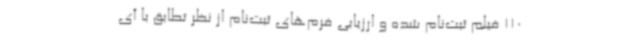
110 فیلم ثبت‌نام شده و ارزیابی فرم‌های ثبت‌نام از نظر تطابق با آی